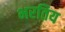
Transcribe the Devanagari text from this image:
भरतिय